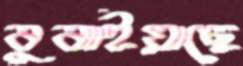
বুঝাইয়াছে